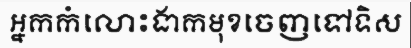
អ្នកកំលោះងាកមុខចេញទៅទិស